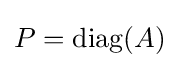
P=\mathrm {diag} (A)